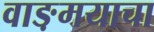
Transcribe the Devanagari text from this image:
वाङ़मयाचा